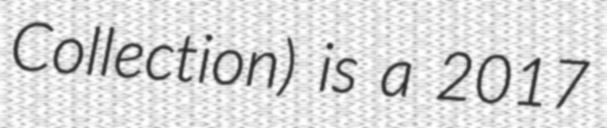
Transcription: Collection) is a 2017